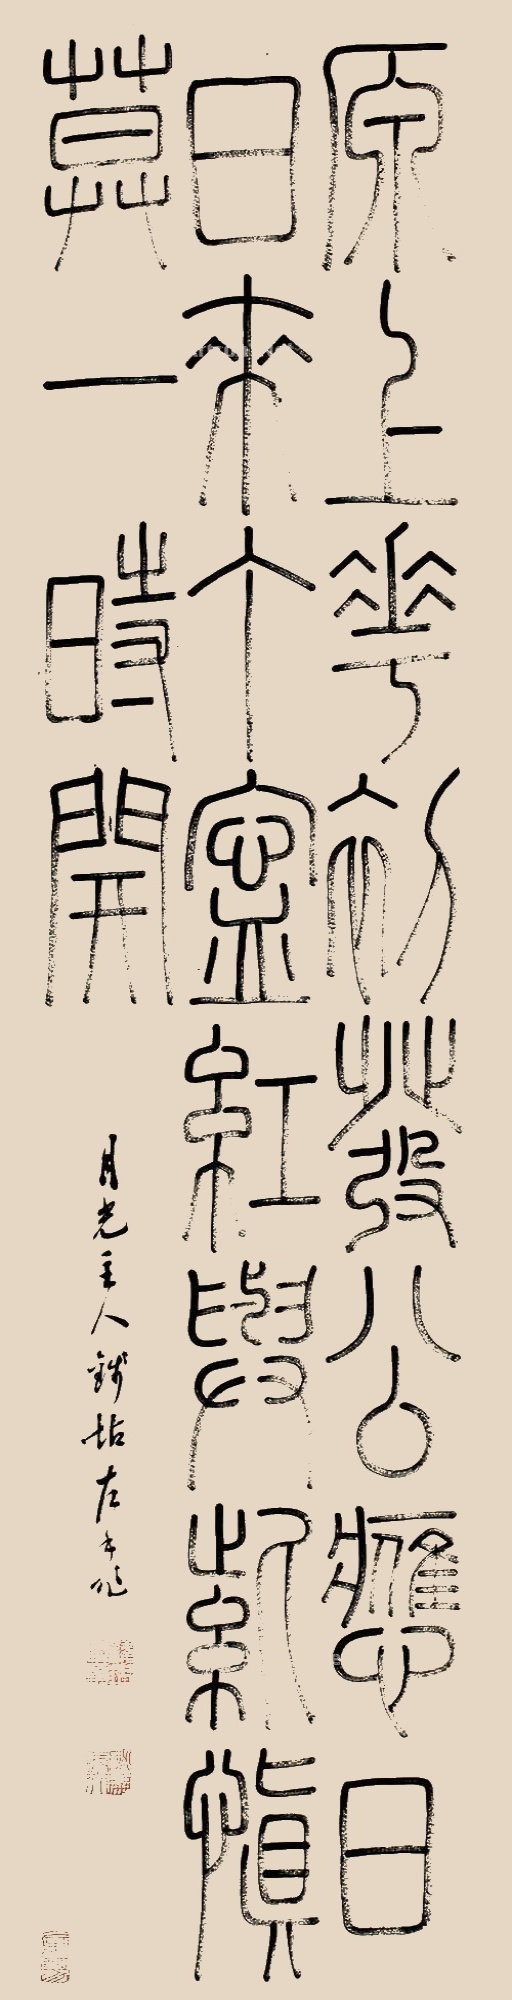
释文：原上花初发，公应日日来。丁宁红与紫，慎莫一时开。月光主人钱坫左手作。